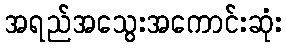
အရည်အသွေးအကောင်းဆုံး